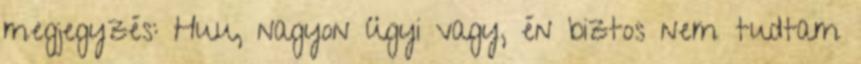
megjegyzés: Huu, nagyon ügyi vagy, én biztos nem tudtam